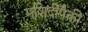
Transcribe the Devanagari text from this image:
मशिदींपैकी